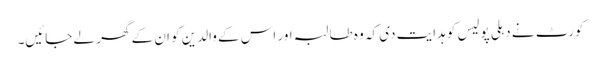
کورٹ نے دہلی پولیس کو ہدایت دی کہ وہ طالبہ اور اس کے والدین کو ان کے گھر لے جائیں۔